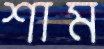
শাম